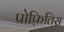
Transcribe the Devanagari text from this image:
प्रोफ़ितिस